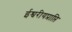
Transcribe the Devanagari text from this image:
ईश्वरीयप्राप्ति